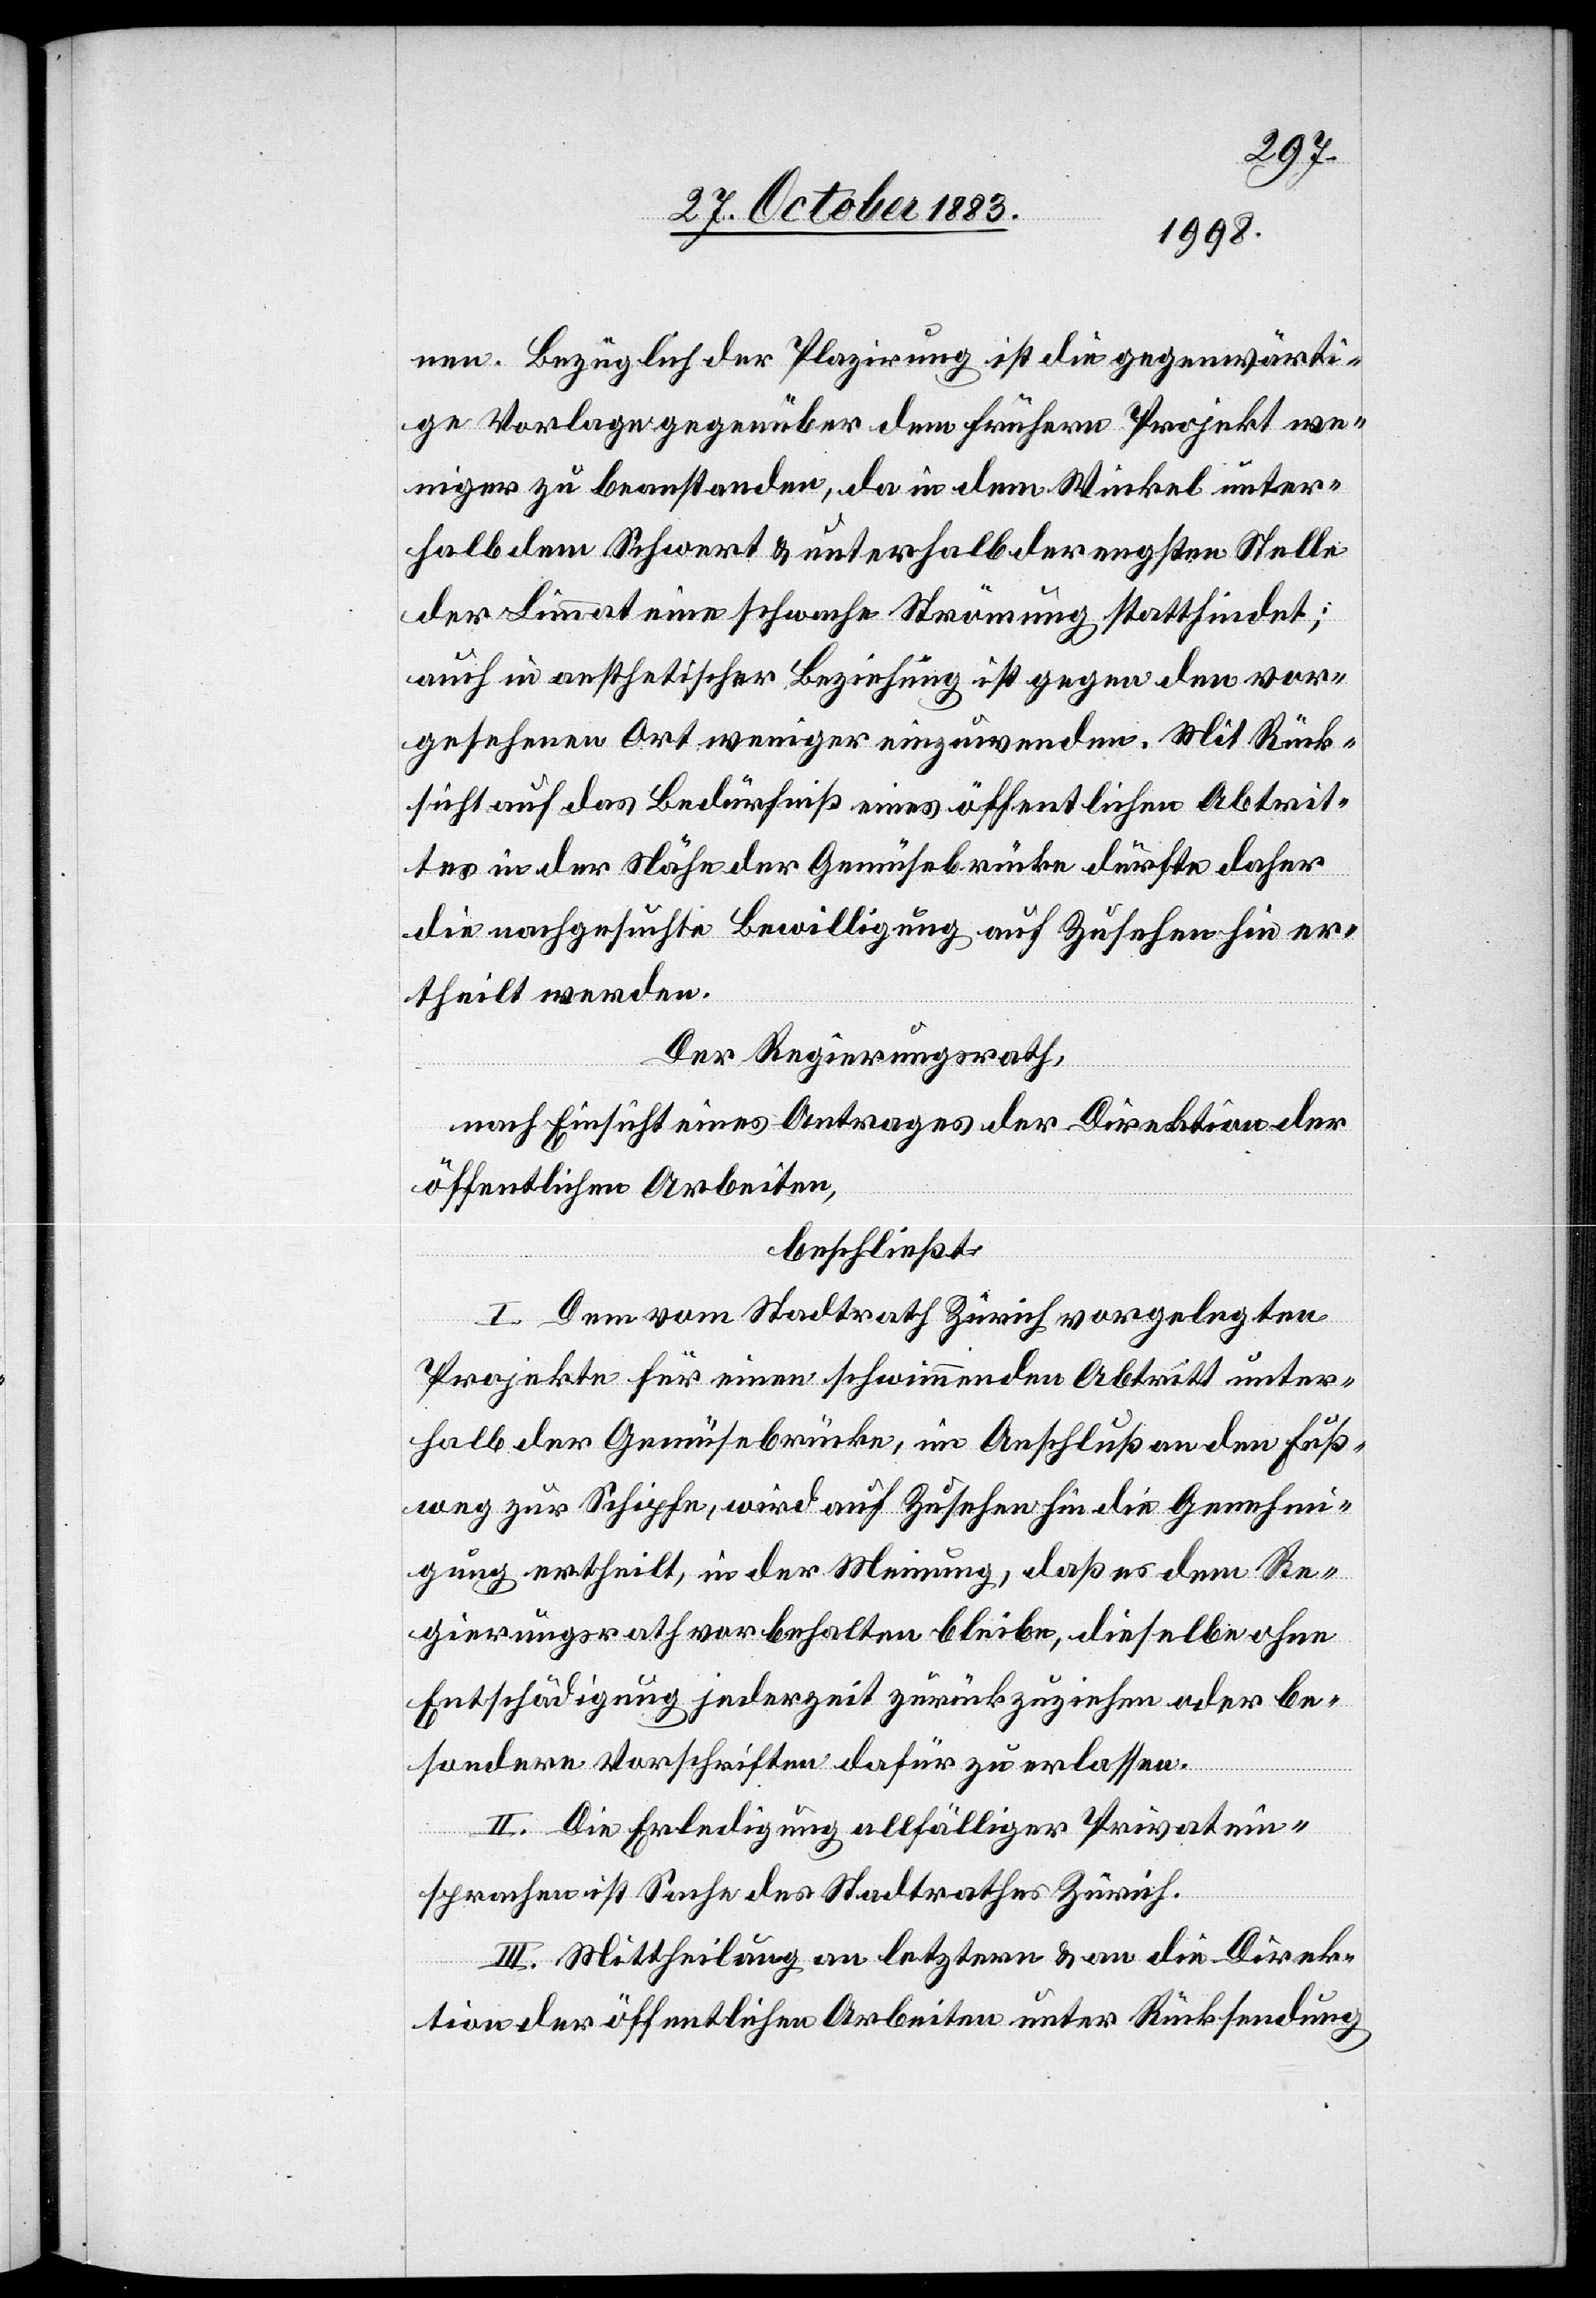
nen. Bezüglich der Plazirung ist die gegenwärti¬
ge Vorlage gegenüber dem frühern Projekt we¬
niger zu beanstanden, da in dem Winkel unter¬
halb dem Schwert & unterhalb der engsten Stelle
der Limmat eine schwache Strömung stattfindet;
auch in aestethischer Beziehung ist gegen den vor¬
gesehenen Ort weniger einzuwenden. Mit Rück¬
sicht auf das Bedürfniß eines öffentlichen Abtrit¬
tes in der Nähe der Gemüsebrücke dürfte daher
die nachgesuchte Bewilligung auf Zusehen hin er¬
theilt werden.
Der Regierungsrath,
nach Einsicht eines Antrages der Direktion der
öffentlichen Arbeiten,
beschließt:
I. Dem vom Stadtrath Zürich vorgelegten
Projekte für einen schwimmenden Abtritt unter¬
halb der Gemüsebrücke, in Anschluß an den Fuß¬
weg zur Schipfe, wird auf Zusehen hin die Genehmi¬
gung ertheilt, in der Meinung, daß es dem Re¬
gierungsrath vorbehalten bleibe, dieselbe ohne
Entschädigung jederzeit zurückzuziehen oder be¬
sondere Vorschriften dafür zu erlassen.
II. Die Erledigung allfälliger Privatein¬
sprachen ist Sache des Stadtrathes Zürich.
III. Mittheilung an letztern & die Direk¬
tion der öffentlichen Arbeiten unter Rücksendung